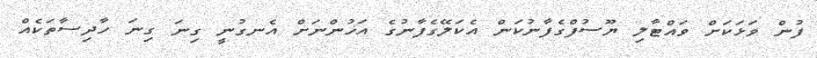
ފުން ވަޅަކަށް ވައްޓާލި ޔޫސުފްގެފާނުކަން އެކަލޭގެފާނުގެ އަޚުންނަށް އެނގުނީ ގިނަ ގިނަ ހާދިސާތަކެއް